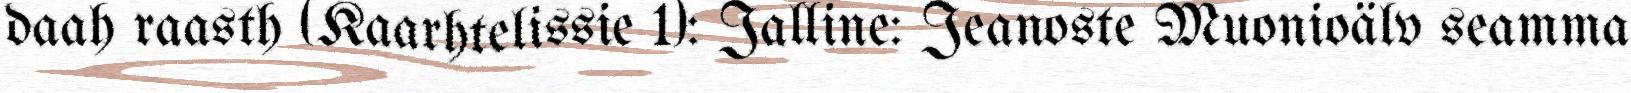
daah raasth (Kaarhtelissie 1): Jalline: Jeanoste Muonioälv seamma